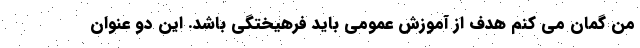
من گمان می کنم هدف از آموزش عمومی باید فرهیختگی باشد. این دو عنوان